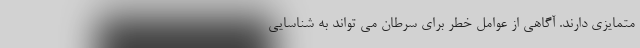
متمایزی دارند. آگاهی از عوامل خطر برای سرطان می تواند به شناسایی